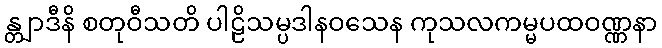
န္တျာဒီနိ စတုဝီသတိ ပါဠိသမ္ပဒါနဝသေန ကုသလကမ္မပထဝဏ္ဏနာ